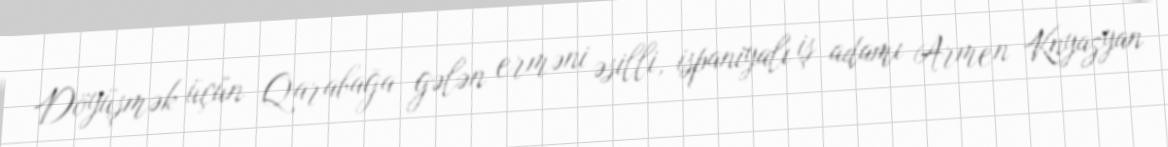
Döyüşmək üçün Qarabağa gələn erməni əsilli, ispaniyalı iş adamı Armen Knyazyan